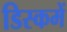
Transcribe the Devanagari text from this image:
डिस्कमें